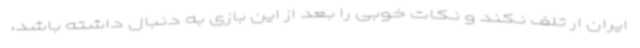
ایران ار تلف نکند و نکات خوبی را بعد از این بازی به دنبال داشته باشد،